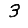
Digit: 3